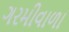
ગરમીવાળા